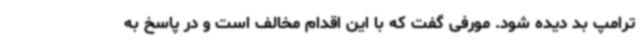
ترامپ بد دیده شود. مورفی گفت که با این اقدام مخالف است و در پاسخ به